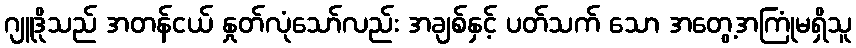
ဂျူဒိုသည် အတန်ငယ် နှုတ်လုံသော်လည်း အချစ်နှင့် ပတ်သက် သော အတွေ့အကြုံမရှိသူ